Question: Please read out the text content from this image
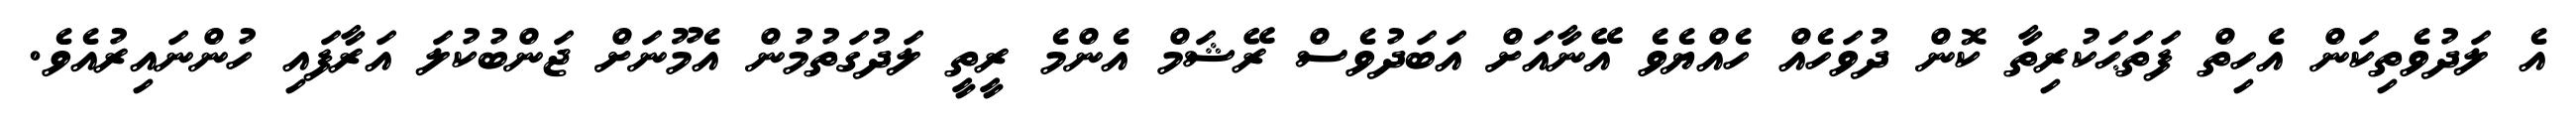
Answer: އެ ލަދުވެތިކަން އެހިތް ފަތަޙަކުރިތާ ކޮން ދުވަހެއް ހެއްޔެވެ އޭނާއަށް އަބަދުވެސް ރޭޝަމް އެންމެ ރީތީ ލަދުގަތުމުން އެމޫނަށް ޖަންބުކުލަ އަރާފައި ހުންނައިރުއެވެ.